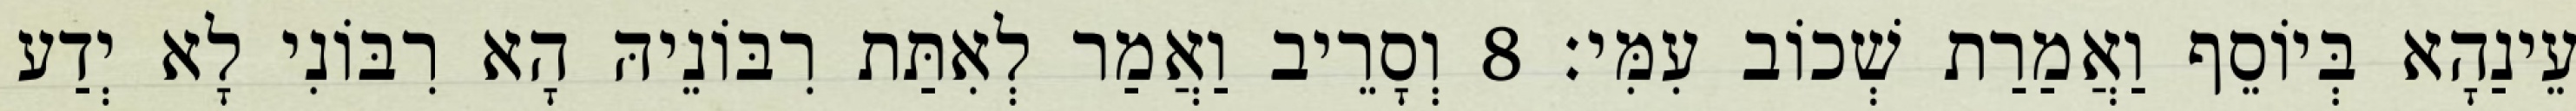
עֵינַהָא בְּיוֹסֵף וַאֲמַרַת שְׁכוֹב עִמִּי׃ 8 וְסָרֵיב וַאֲמַר לְאִתַּת רִבּוֹנֵיהּ הָא רִבּוֹנִי לָא יְדַע